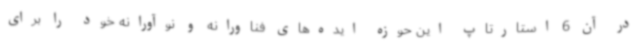
در آن 6 استارتاپ این حوزه ایده‌های فناورانه و نوآورانه خود را برای